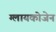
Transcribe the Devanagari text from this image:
ग्लायकोजेन